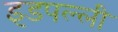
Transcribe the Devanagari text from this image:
इडपल्ली